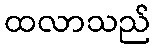
ထလာသည်